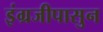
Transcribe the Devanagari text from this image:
इंग्रजीपासुन